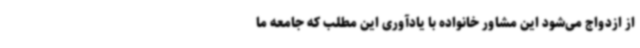
از ازدواج می‌شود این مشاور خانواده با یادآوری این مطلب که جامعه ما